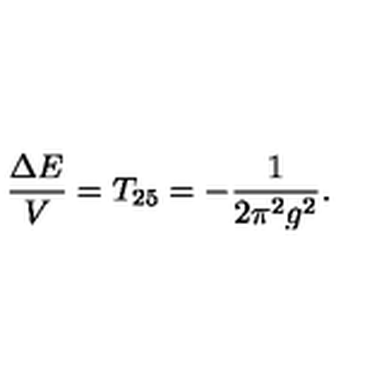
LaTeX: \frac { \Delta E } { V } = T _ { 2 5 } = - \frac { 1 } { 2 \pi ^ { 2 } g ^ { 2 } } .